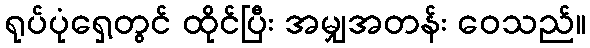
ရုပ်ပုံရှေ့တွင် ထိုင်ပြီး အမျှအတန်း ဝေသည်။